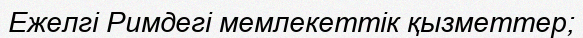
Ежелгі Римдегі мемлекеттік қызметтер;